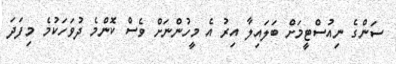
ސަންގެ ނިއުސްޓީމަށް ބަލައިލާ އިރު އެ މީހުންނަށް ވެސް ކޮންމެ ދުވަހަކުމެ މިފަދަ